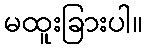
မထူးခြားပါ။